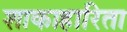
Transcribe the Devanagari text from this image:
शाकाहारिता